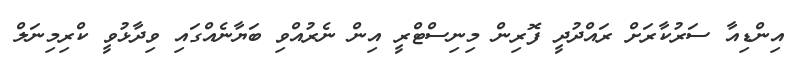
އިންޑިއާ ސަރުކާރަށް ރައްދުދީ ފޮރިން މިނިސްޓްރީ އިން ނެރުއްވި ބަޔާނެއްގައި ވިދާޅުވީ ކްރިމިނަލް